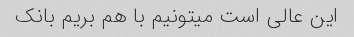
این عالی است میتونیم با هم بریم بانک